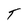
Character: T